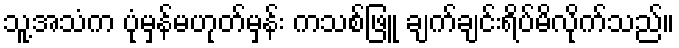
သူ့အသံက ပုံမှန်မဟုတ်မှန်း ကသစ်ဖြူ ချက်ချင်းရိပ်မိလိုက်သည်။